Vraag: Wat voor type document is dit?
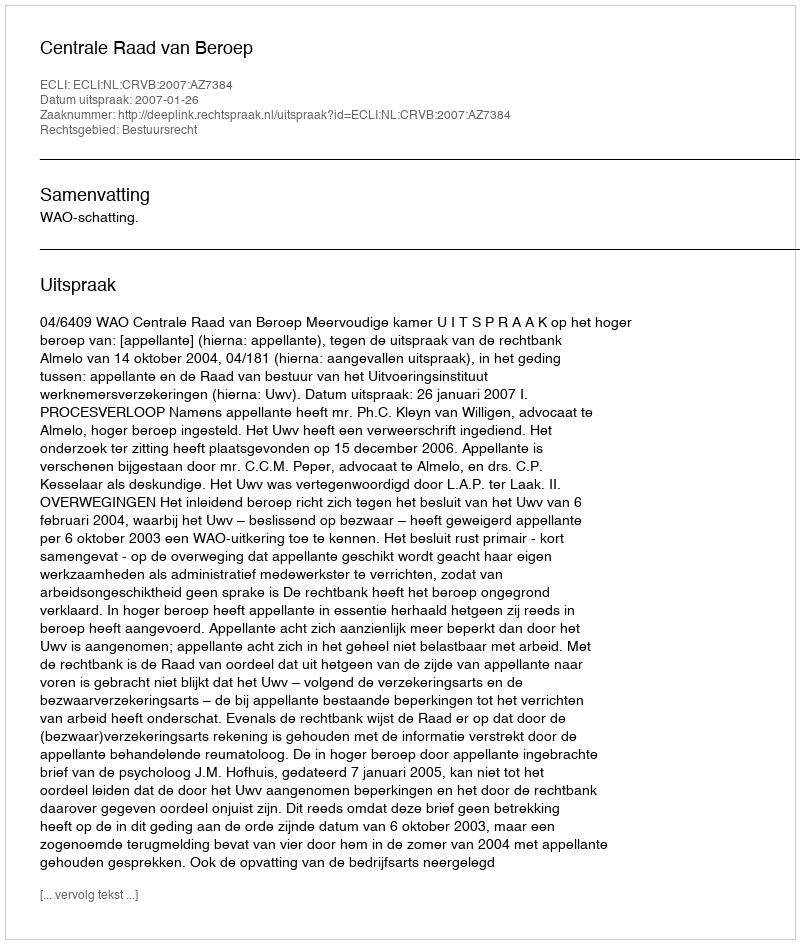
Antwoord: Uitspraak